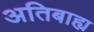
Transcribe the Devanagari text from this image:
अतिबाह्य